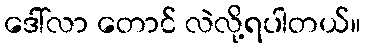
ဒေါ်လာ တောင် လဲလို့ရပါတယ်။